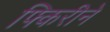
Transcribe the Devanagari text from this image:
फ्किरीने